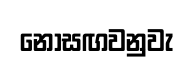
නොසඟවනුවැ